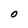
Character: O